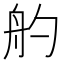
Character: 𦨓